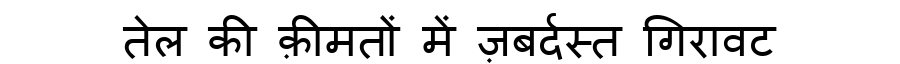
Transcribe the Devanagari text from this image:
तेल की क़ीमतों में ज़बर्दस्त गिरावट